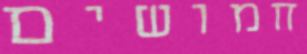
חמושים